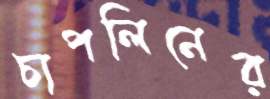
চাপলিনের